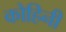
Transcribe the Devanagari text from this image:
कोहिनी